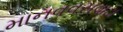
માનવવસવાટા